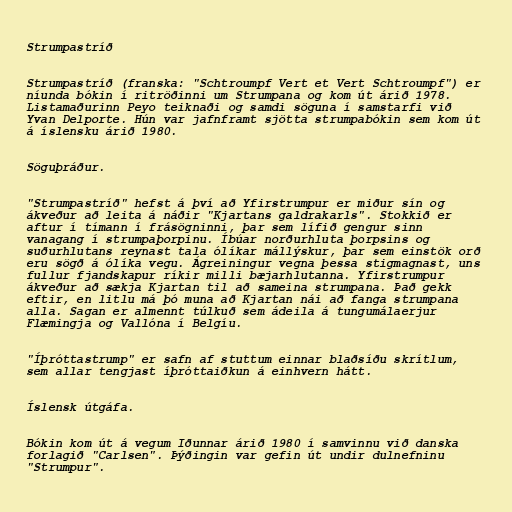
Strumpastríð

Strumpastríð (franska: "Schtroumpf Vert et Vert Schtroumpf") er
níunda bókin í ritröðinni um Strumpana og kom út árið 1978.
Listamaðurinn Peyo teiknaði og samdi söguna í samstarfi við
Yvan Delporte. Hún var jafnframt sjötta strumpabókin sem kom út
á íslensku árið 1980.

Söguþráður.

"Strumpastríð" hefst á því að Yfirstrumpur er miður sín og
ákveður að leita á náðir "Kjartans galdrakarls". Stokkið er
aftur í tímann í frásögninni, þar sem lífið gengur sinn
vanagang í strumpaþorpinu. Íbúar norðurhluta þorpsins og
suðurhlutans reynast tala ólíkar mállýskur, þar sem einstök orð
eru sögð á ólíka vegu. Ágreiningur vegna þessa stigmagnast, uns
fullur fjandskapur ríkir milli bæjarhlutanna. Yfirstrumpur
ákveður að sækja Kjartan til að sameina strumpana. Það gekk
eftir, en litlu má þó muna að Kjartan nái að fanga strumpana
alla. Sagan er almennt túlkuð sem ádeila á tungumálaerjur
Flæmingja og Vallóna í Belgíu.

"Íþróttastrump" er safn af stuttum einnar blaðsíðu skrítlum,
sem allar tengjast íþróttaiðkun á einhvern hátt.

Íslensk útgáfa.

Bókin kom út á vegum Iðunnar árið 1980 í samvinnu við danska
forlagið "Carlsen". Þýðingin var gefin út undir dulnefninu
"Strumpur".